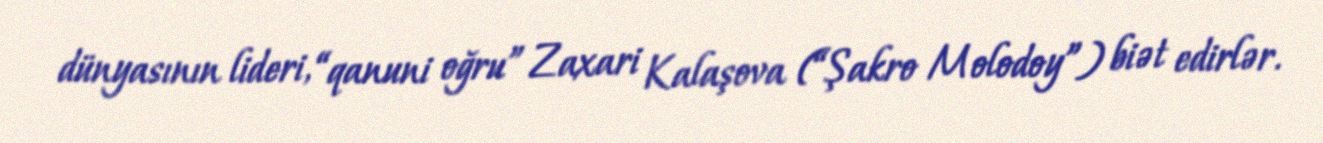
dünyasının lideri, “qanuni oğru” Zaxari Kalaşova (“Şakro Molodoy”) biət edirlər.